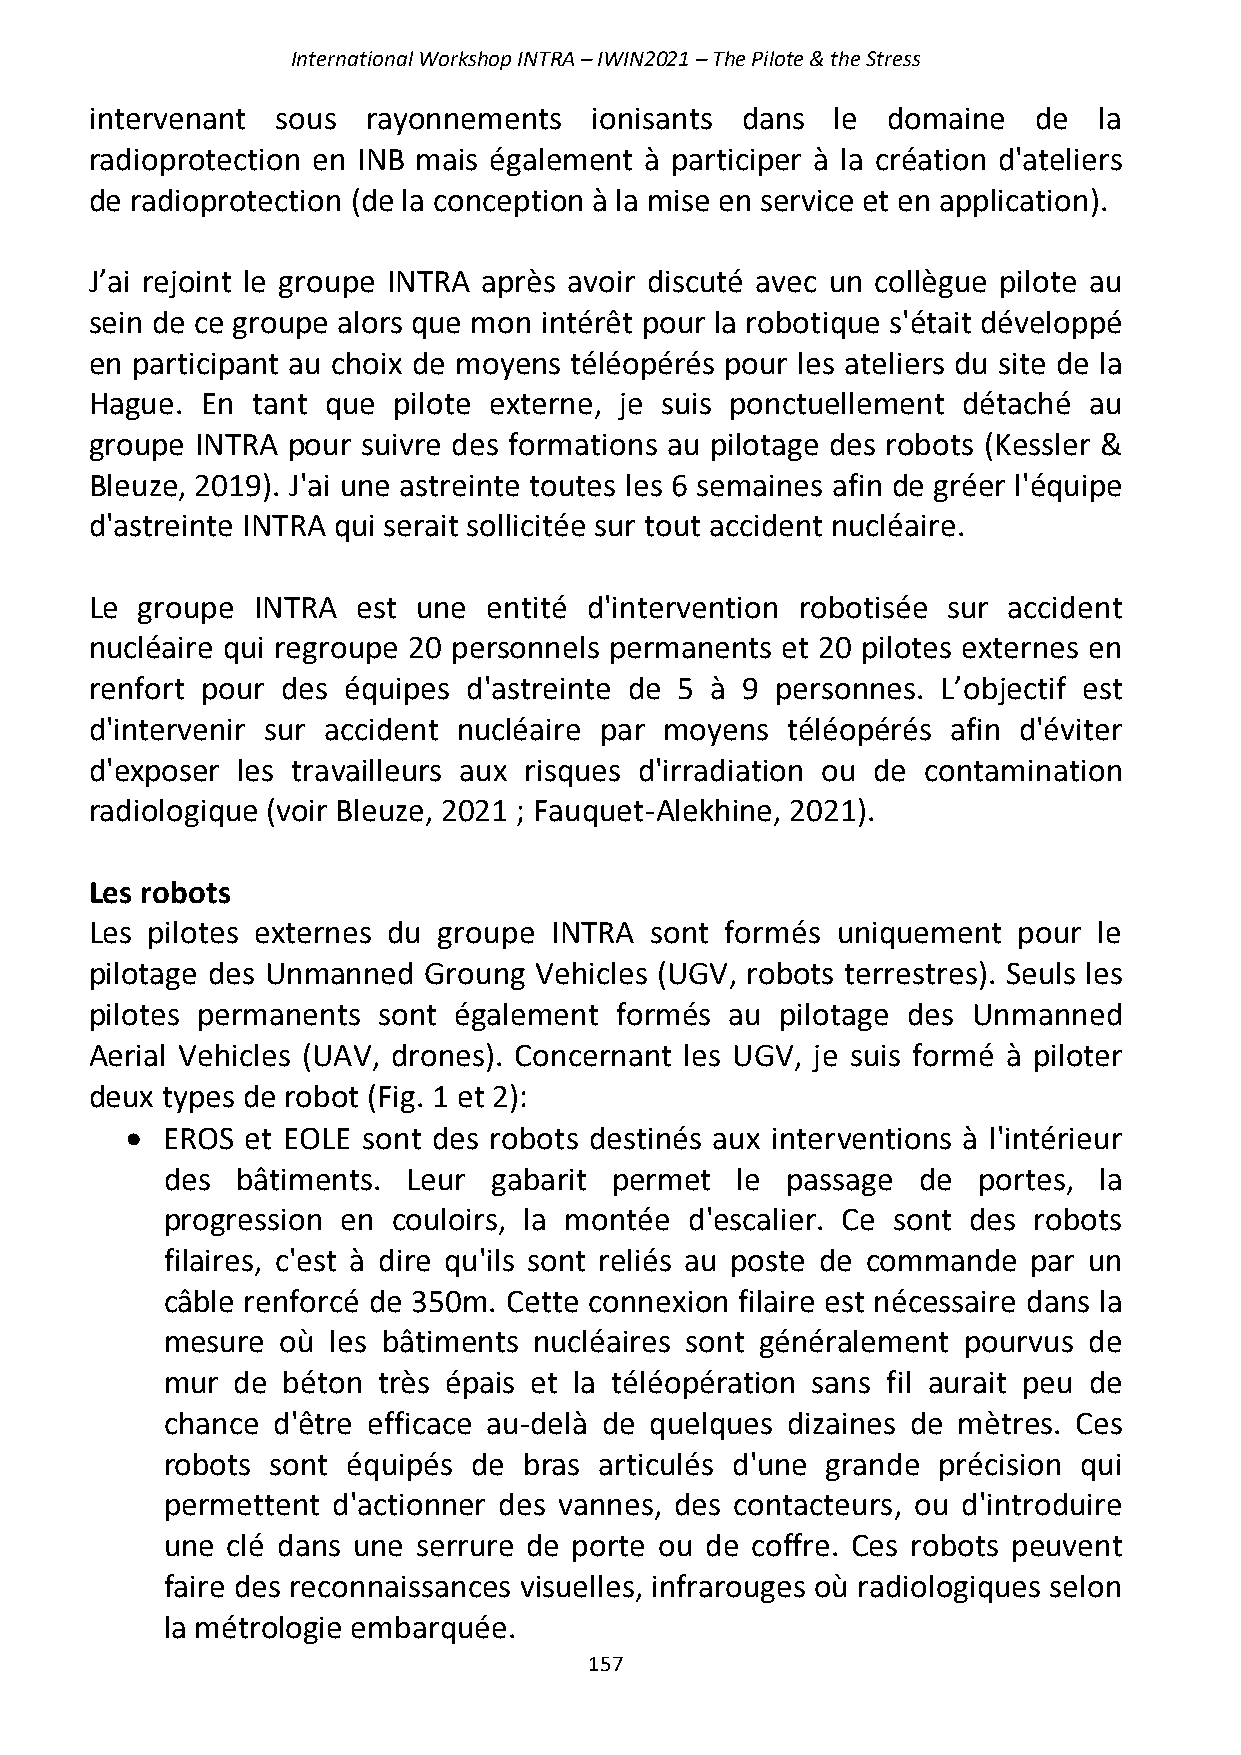
International Workshop INTRA – IWIN2021 – The Pilote & the Stress
 intervenant sous  rayonnements   ionisants dans  le  domaine   de  la
 radioprotection en INB mais également à participer à la création d'ateliers
 de radioprotection (de la conception à la mise en service et en application).
 J’ai rejoint le groupe INTRA après avoir discuté avec un collègue pilote au
 sein de ce groupe alors que mon intérêt pour la robotique s'était développé
 en participant au choix de moyens téléopérés pour les ateliers du site de la
 Hague. En  tant que pilote externe, je suis ponctuellement détaché au
 groupe INTRA pour suivre des formations au pilotage des robots (Kessler &
 Bleuze, 2019). J'ai une astreinte toutes les 6 semaines afin de gréer l'équipe
 d'astreinte INTRA qui serait sollicitée sur tout accident nucléaire.
 Le groupe  INTRA  est une entité d'intervention robotisée sur accident
 nucléaire qui regroupe 20 personnels permanents et 20 pilotes externes en
 renfort pour des équipes d'astreinte de 5 à 9 personnes. L’objectif est
 d'intervenir sur accident nucléaire par moyens téléopérés afin d'éviter
 d'exposer les travailleurs aux risques d'irradiation ou de contamination
 radiologique (voir Bleuze, 2021 ; Fauquet-Alekhine, 2021).
 Les robots
 Les pilotes externes du groupe INTRA sont formés uniquement  pour  le
 pilotage des Unmanned Groung Vehicles (UGV, robots terrestres). Seuls les
 pilotes permanents sont également  formés au  pilotage des Unmanned
 Aerial Vehicles (UAV, drones). Concernant les UGV, je suis formé à piloter
 deux types de robot (Fig. 1 et 2):
 •  EROS et EOLE sont des robots destinés aux interventions à l'intérieur
 des  bâtiments. Leur gabarit  permet  le passage  de  portes, la
 progression en couloirs, la montée d'escalier. Ce sont des robots
 filaires, c'est à dire qu'ils sont reliés au poste de commande par un
 câble renforcé de 350m. Cette connexion filaire est nécessaire dans la
 mesure  où les bâtiments nucléaires sont généralement pourvus de
 mur de  béton très épais et la téléopération sans fil aurait peu de
 chance d'être efficace au-delà de quelques dizaines de mètres. Ces
 robots sont équipés de  bras articulés d'une grande précision qui
 permettent d'actionner des vannes, des contacteurs, ou d'introduire
 une clé dans une serrure de porte ou de coffre. Ces robots peuvent
 faire des reconnaissances visuelles, infrarouges où radiologiques selon
 la métrologie embarquée.
 157